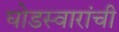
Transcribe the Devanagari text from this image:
घोडस्वारांची